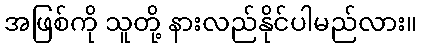
အဖြစ်ကို သူတို့ နားလည်နိုင်ပါမည်လား။